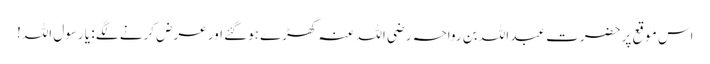
اس موقع پر حضرت عبد اللہ بن رواحہ رضی اللہ عنہ کھڑے ہوگئے اور عرض کرنے لگے : یا رسول اللہ!